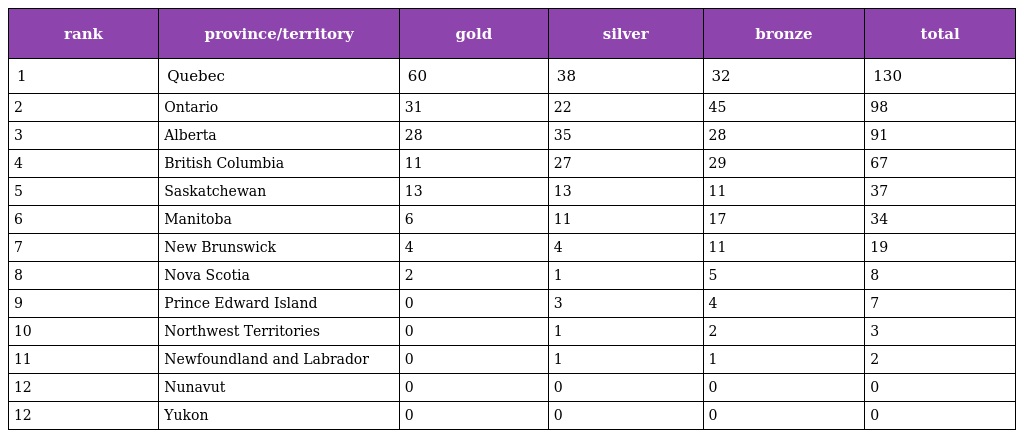
| rank | province/territory | gold | silver | bronze | total |
 | --- | --- | --- | --- | --- | --- |
 | 1 | Quebec | 60 | 38 | 32 | 130 |
 | 2 | Ontario | 31 | 22 | 45 | 98 |
 | 3 | Alberta | 28 | 35 | 28 | 91 |
 | 4 | British Columbia | 11 | 27 | 29 | 67 |
 | 5 | Saskatchewan | 13 | 13 | 11 | 37 |
 | 6 | Manitoba | 6 | 11 | 17 | 34 |
 | 7 | New Brunswick | 4 | 4 | 11 | 19 |
 | 8 | Nova Scotia | 2 | 1 | 5 | 8 |
 | 9 | Prince Edward Island | 0 | 3 | 4 | 7 |
 | 10 | Northwest Territories | 0 | 1 | 2 | 3 |
 | 11 | Newfoundland and Labrador | 0 | 1 | 1 | 2 |
 | 12 | Nunavut | 0 | 0 | 0 | 0 |
 | 12 | Yukon | 0 | 0 | 0 | 0 |